Annual report of the Punjab Veterinary College and of the Civil Veterinary Department, Punjab - 1920-1925
Year: 1920
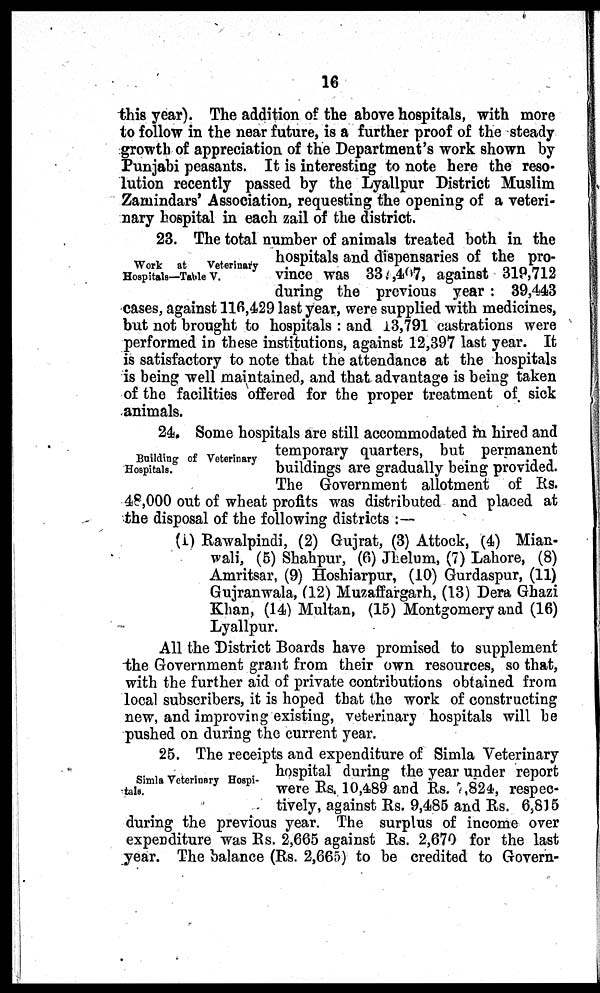
16
this year). The addition of the above hospitals, with more
to follow in the near future, is a further proof of the steady
growth of appreciation of the Department's work shown by
Punjabi peasants. It is interesting to note here the reso-
lution recently passed by the Lyallpur District Muslim
Zamindars' Association, requesting the opening of a veteri-
nary hospital in each zail of the district.
Work at
Veterinary
Hospitals—Table V.
23. The total number of animals treated both in the
hospitals and dispensaries of the pro-
vince was 33,407, against 319,712
during the previous year: 39,443
cases, against 116,429 last year, were supplied with medicines,
but not brought to hospitals: and 13,791 castrations were
performed in these institutions, against 12,397 last year. It
is satisfactory to note that the attendance at the hospitals
is being well maintained, and that advantage is being taken
of the facilities offered for the proper treatment of sick
animals.
Building of Veterinary
Hospitals.
24. Some hospitals are still accommodated in hired and
temporary quarters, but permanent
buildings are gradually being provided.
The Government allotment of Rs.
48,000 out of wheat profits was distributed and placed at
the disposal of the following districts:—
(1) Rawalpindi, (2) Gujrat, (3) Attock, (4) Mian-
wali, (5) Shahpur, (6) Jhelum, (7) Lahore, (8)
Amritsar, (9) Hoshiarpur, (10) Gurdaspur, (11)
Gujranwala, (12) Muzaffargarh, (13) Dera Ghazi
Khan, (14) Multan, (15) Montgomery and (16)
Lyallpur.
All the District Boards have promised to supplement
the Government grant from their own resources, so that,
with the further aid of private contributions obtained from
local subscribers, it is hoped that the work of constructing
new, and improving existing, veterinary hospitals will be
pushed on during the current year.
Simla Veterinary Hospi-
tals.
25. The receipts and expenditure of Simla Veterinary
hospital during the year under report
were Rs. 10,489 and Rs. 7,824, respec-
tively, against Rs. 9,485 and Rs. 6,815
during the previous year. The surplus of income over
expenditure was Rs. 2,665 against Rs. 2,670 for the last
year. The balance (Rs. 2,665) to be credited to Govern-